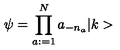
\psi = \prod _ { a : = 1 } ^ { N } a _ { - n _ { a } } \vert k >